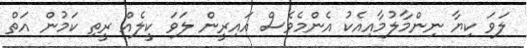
ލަވަ ކިޔާ ނިންމާލުމާއިއެކު އެންމެވެސް އައިރީން ލަވަ ކީލެއް ރީތި ކަމުން އަތް